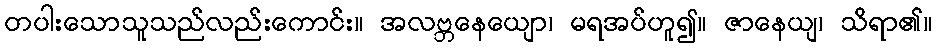
တပါးသောသူသည်လည်းကောင်း။ အလဗ္ဘနေယျော၊ မရအပ်ဟူ၍။ ဇာနေယျ၊ သိရာ၏။